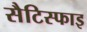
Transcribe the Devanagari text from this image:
सैटिस्फाइ